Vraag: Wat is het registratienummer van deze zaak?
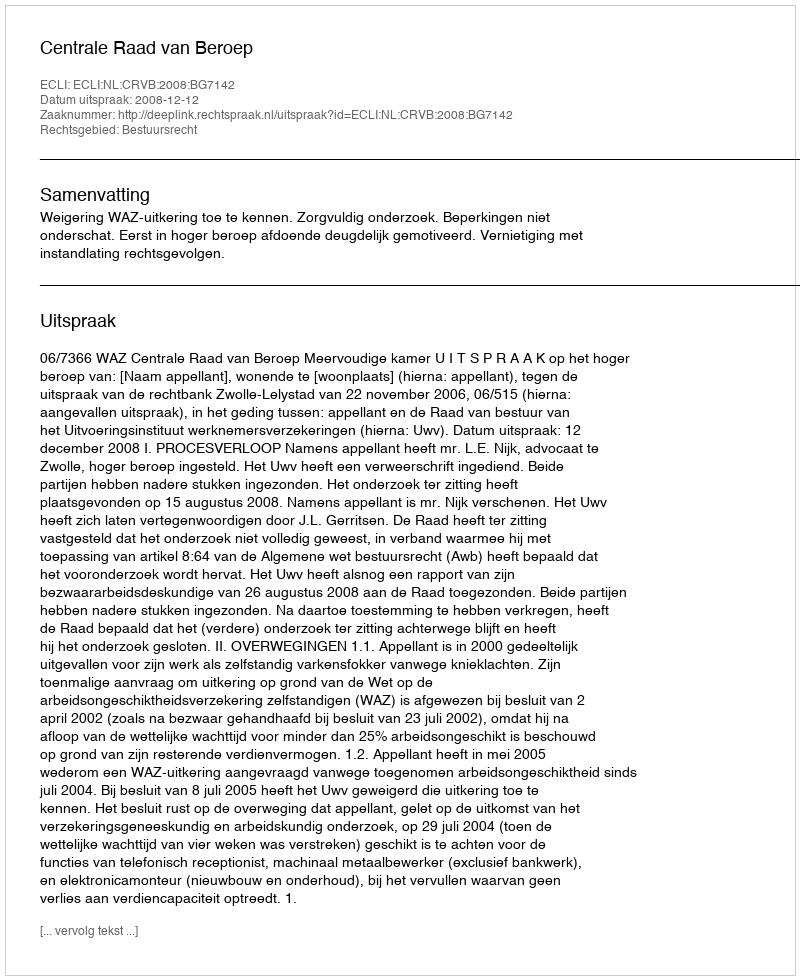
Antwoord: http://deeplink.rechtspraak.nl/uitspraak?id=ECLI:NL:CRVB:2008:BG7142